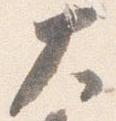
大